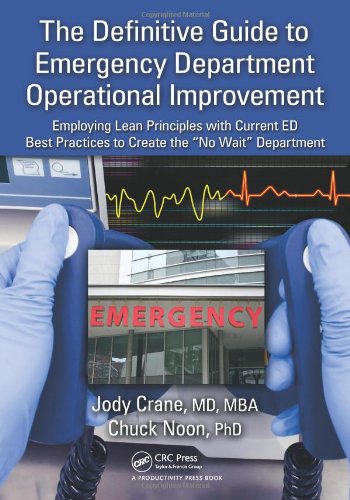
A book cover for The Definitive Guide to Emergency Department Operational Improvement: Employing Lean Principles with Current ED Best Practices to Create the "No Wait" Department; Jody Crane  MD  MBA; Medical Books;